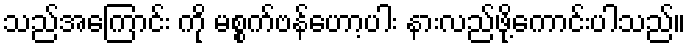
သည်အကြောင်း ကို မစ္စက်ဗန်ဟော့ပါး နားလည်ဖို့ကောင်းပါသည်။